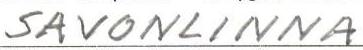
SAVONLINNA